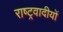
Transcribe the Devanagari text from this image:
राष्ट्रवादीयों